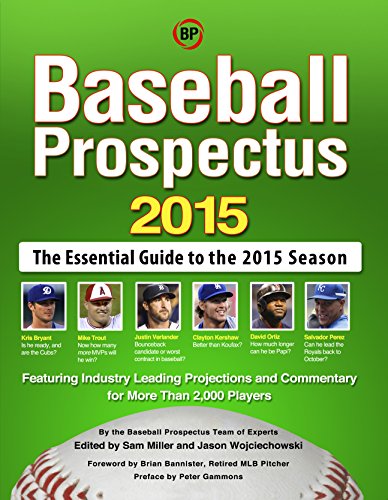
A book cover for Baseball Prospectus 2015; Baseball Prospectus; Reference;